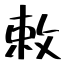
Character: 敕